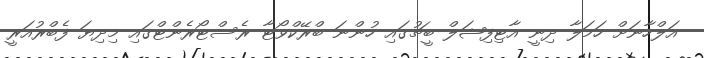
އަލްހާނަށް ހަމަލާ ދިނީ އާޓިފިޝަލް ބީޗުގައި ހުންނަ ބްރޭކްވޯޓާ ރެސްޓޯރެންޓްގައި މިދިޔަ ފެބްރުއަރީ